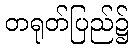
တရုတ်ပြည်၌